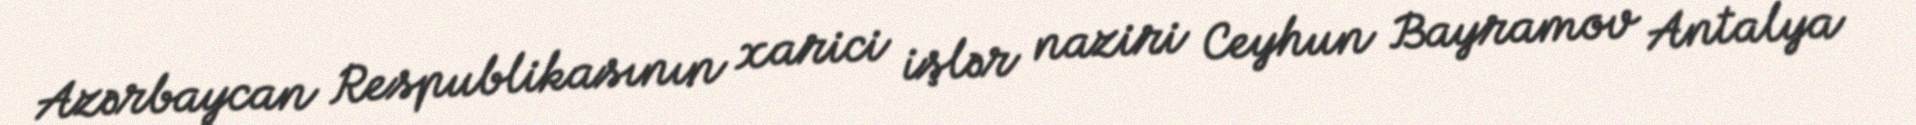
Azərbaycan Respublikasının xarici işlər naziri Ceyhun Bayramov Antalya